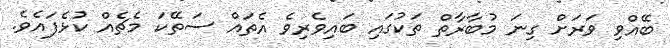
ބޭއްވި ވަރަށް ގިނަ މުބާރާތް ތަކުގައި ބައިވެރިވެ އެތައް ސަތޭކަ މެޗެއް ކުޅެފައެވެ.